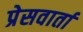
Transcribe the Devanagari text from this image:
प्रेसवार्ता